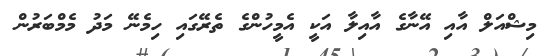
މިޝްއަލް އާއި އޭނާގެ އާއިލާ އަކީ އެމީހުންގެ ތެރޭގައި ހިމެނޭ މަދު މެމްބަރުން